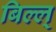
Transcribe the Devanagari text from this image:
बिल्ल्